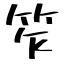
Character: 笮